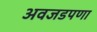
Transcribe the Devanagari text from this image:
अवजडपणा